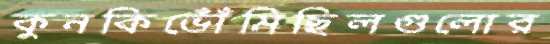
কুনকিভোঁঁমিছিলগুলোর